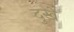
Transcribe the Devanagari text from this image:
दुखे